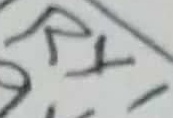
Text: RY1